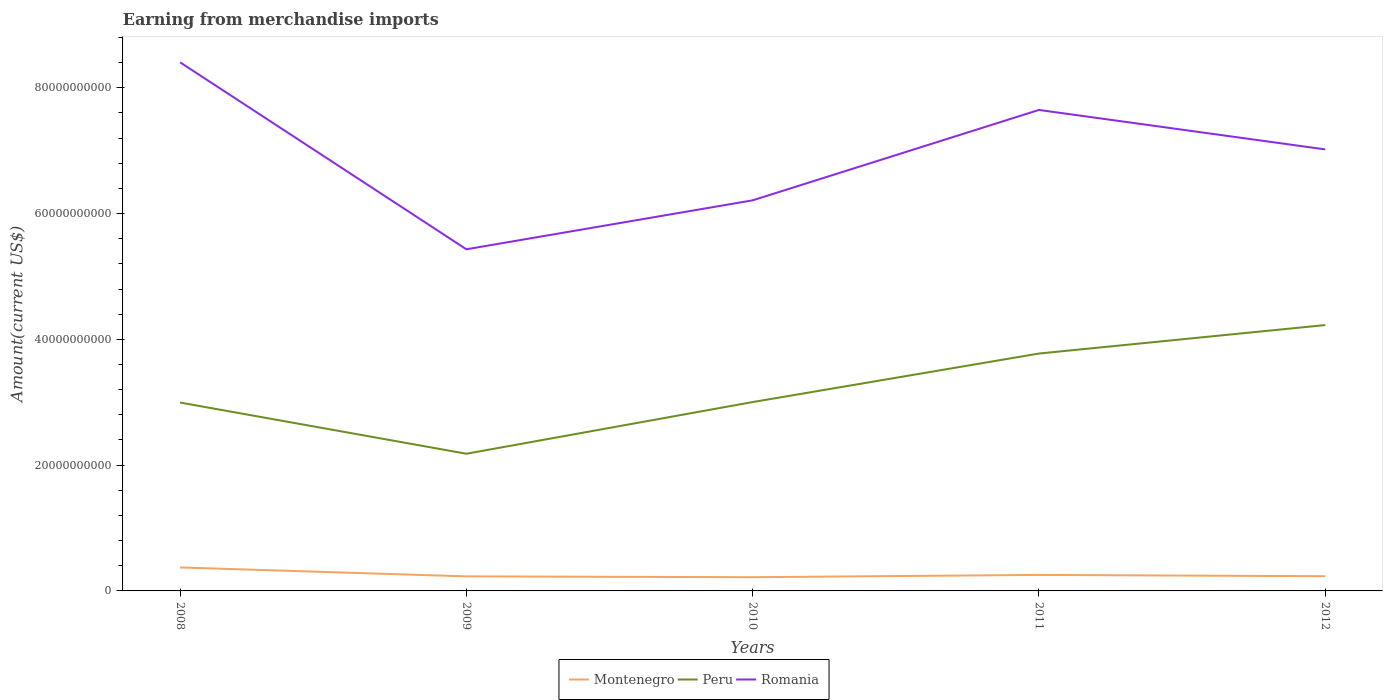
| Years | Montenegro | Peru | Romania |
 | --- | --- | --- | --- |
 | 2008 | 3.73e+09 | 3e+10 | 8.41e+10 |
 | 2009 | 2.31e+09 | 2.18e+10 | 5.43e+10 |
 | 2010 | 2.18e+09 | 3e+10 | 6.21e+10 |
 | 2011 | 2.54e+09 | 3.77e+10 | 7.65e+10 |
 | 2012 | 2.34e+09 | 4.23e+10 | 7.02e+10 |